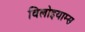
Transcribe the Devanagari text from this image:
विलोइयाम्स